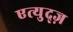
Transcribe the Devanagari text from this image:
एत्युद्ज़